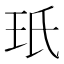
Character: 𭸻